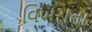
વિખરાતા